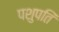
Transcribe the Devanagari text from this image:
पशुपतिं